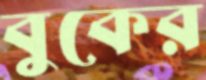
বুকের